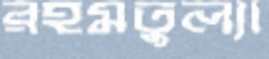
রহমতুল্যা